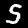
Label: 5